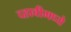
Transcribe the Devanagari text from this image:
दहावीमध्ये